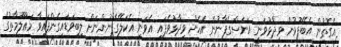
އެގޮތުން އެބޭފުޅުން ވިދާޅުވަނީ އަނަސްގެފާނުން އެހެން ވިދާޅުވެފައި އެވަނީ އެކަލޭގެފާނުންނަށް ލިބިވަޑައިގެންފައިވާ މަޢުލޫމާތުގެ